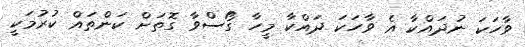
ވާހަކަ ނުދައްކާ އެ ވާހަކަ ދައްކާ މީހާ ގޯސްވާ ގޮތަށް ކަންތައް ކުރުމަކީ